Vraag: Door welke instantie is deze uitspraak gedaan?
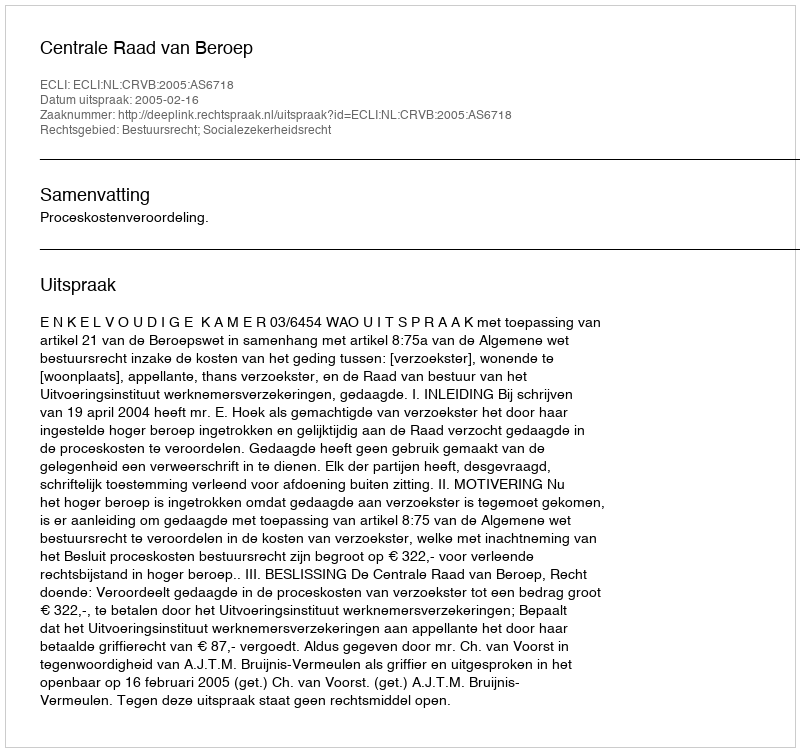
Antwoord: Centrale Raad van Beroep